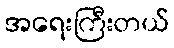
အရေးကြီးတယ်